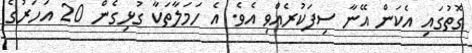
ގޮތުގައި އެކަން އޭނާ ސިފަކުރެއްވި އެވެ. އެ ހަމަލާތަކާ ގުޅިގެން 20 އަހަރުގެ